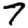
Digit: 7